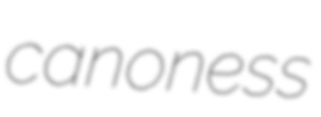
canoness